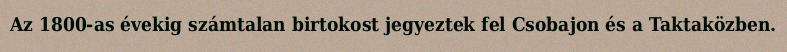
Az 1800-as évekig számtalan birtokost jegyeztek fel Csobajon és a Taktaközben.